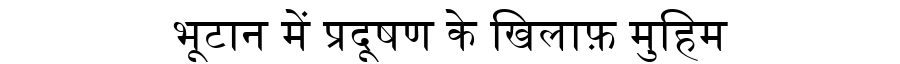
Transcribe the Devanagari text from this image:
भूटान में प्रदूषण के खिलाफ़ मुहिम